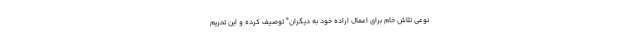
نوعی تلاش خام برای اعمال اراده خود به دیگران" توصیف کرده و این تحریم